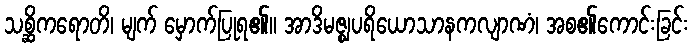
သစ္ဆိကရောတိ၊ မျက် မှောက်ပြုရ၏။ အာဒိမဇ္ဈပရိယောသာနကလျာဏံ၊ အစ၏ကောင်းခြင်း